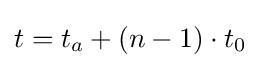
t=t_{a}+(n-1)\cdot t_{0}